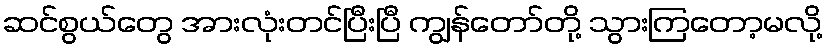
ဆင်စွယ်တွေ အားလုံးတင်ပြီးပြီ ကျွန်တော်တို့ သွားကြတော့မလို့